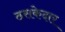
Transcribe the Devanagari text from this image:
ठसकेदार